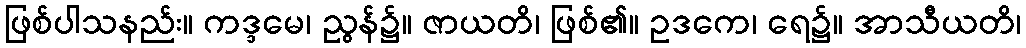
ဖြစ်ပါသနည်း။ ကဒ္ဒမေ၊ ညွန်၌။ ဇာယတိ၊ ဖြစ်၏။ ဥဒကေ၊ ရေ၌။ အာသီယတိ၊